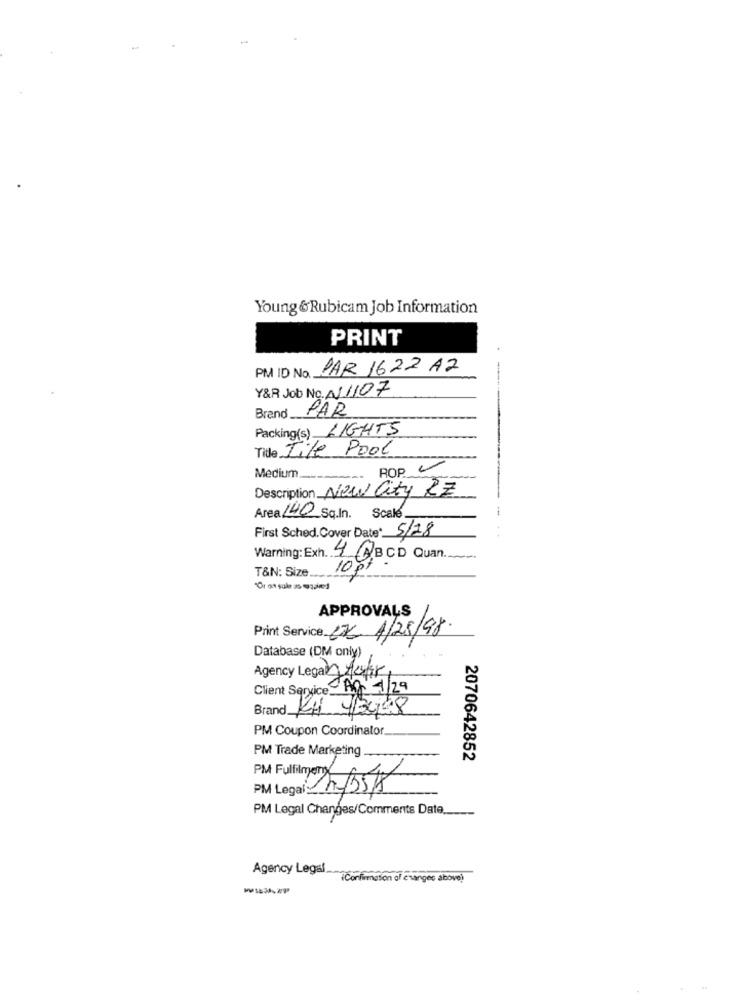
Young &Rubicam Job Information
PRINT
PM ID No. PAR 1622 AZ
-
Y&R Job No. N1107
Brand PAR
Packing(s) LIGHTS
Tide Tile Pool
ROP V
Medium
Description New City RE
Area 140 Sq.In. Scale.
First Sched.Cover Date: 5/18
Warning: Exh. 4 ABCD Quan.
T&N: Size ..
10 pt
"Or os sule as quared
APPROVALS
Print Service C75 1/25/98
Database (DM only)
Agency Legar Auhr
Client Service Ag 1/29
Brand Ki YByes
PM Coupon Coordinator.
PM Trade Marketing
2070642852
PM Legal: hf351
PM Legal Changes/Comments Date ...
Agency Legal ..
(Confirmation of changes above)